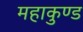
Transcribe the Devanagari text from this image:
महाकुण्ड